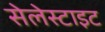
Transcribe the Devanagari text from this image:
सेलेस्टाइट